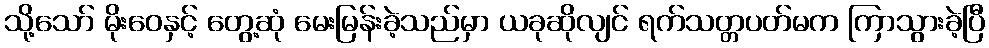
သို့သော် မိုးဝေနှင့် တွေ့ဆုံ မေးမြန်းခဲ့သည်မှာ ယခုဆိုလျင် ရက်သတ္တပတ်မက ကြာသွားခဲ့ပြီ